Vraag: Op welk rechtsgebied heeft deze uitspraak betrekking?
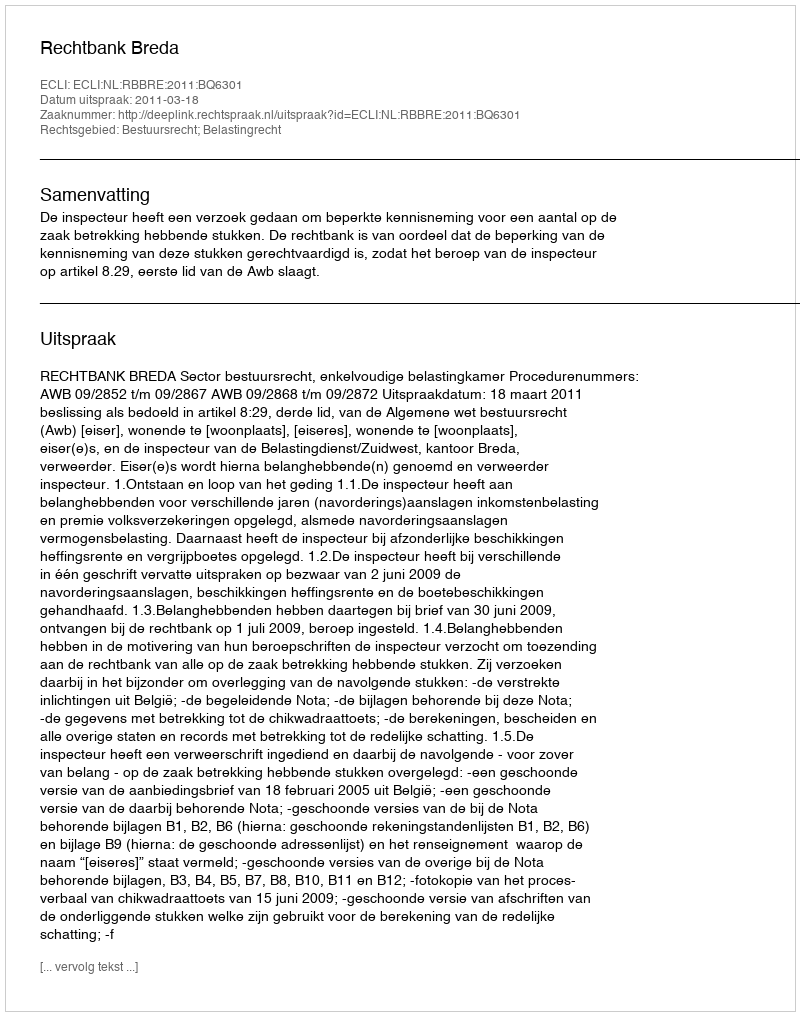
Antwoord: Bestuursrecht; Belastingrecht